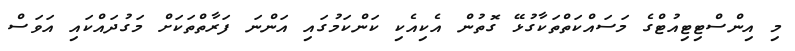
މި އިންސްޓިޓިއުޓްގެ މަސައްކަތްތަކާގުޅޭ ގޮތުން އެކިއެކި ކަންކަމުގައި އަންނަ ފަރާތްތަކަށް މަގުދައްކައި އަވަސް